Annual returns of the Patna Lunatic Asylum at Bankipore in Bihar and Orissa - 1912-1924
Year: 1912
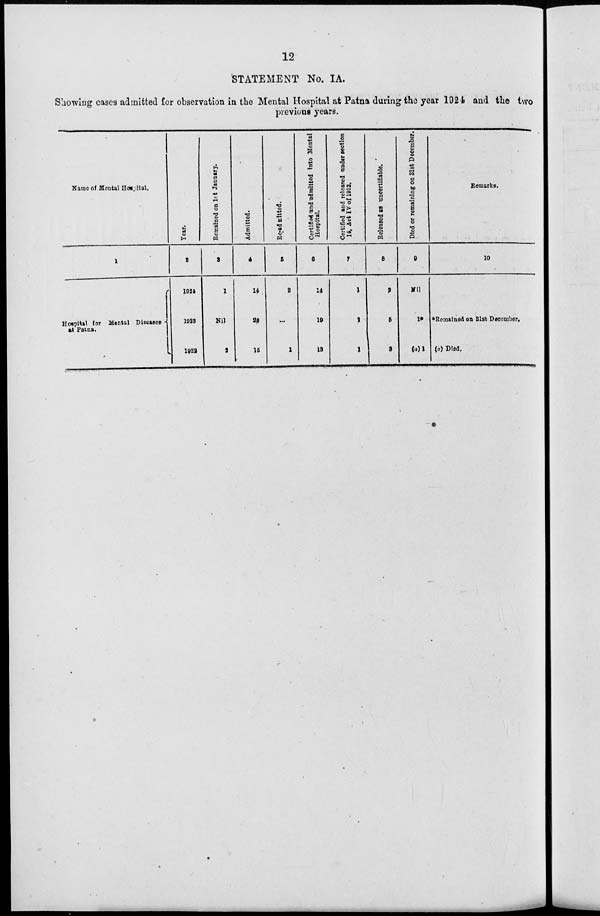
12
STATEMENT No. IA.
Showing cases admitted for observation in the Mental Hospital at Patna during the year 1924 and the two
previous years.
Name of Mental Hospital.
1
Hospital for Mental Diseases
at Patna.
Year.
2
1924
1923
1922
Remained on 1st January.
3
1
Nil
2
Admitted.
4
14
26
15
Re-admitted.
5
2
...
1
Certified and admitted into Mental
Hospital.
6
14
19
13
Certified and released under section
14, Act IV of 1912.
7
1
1
1
Released as uncertifiable.
8
2
5
3
Died or remaining on 31st December.
9
Nil
1*
(a)1
Remarks.
10
*Remained on 31st December.
(a) Died.